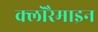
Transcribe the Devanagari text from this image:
क्लोरैमाइन